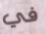
في